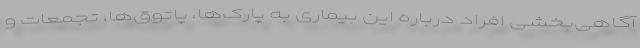
آگاهی‌بخشی افراد درباره این بیماری به پارک‌ها، پاتوق‌ها، تجمعات و